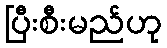
ပြီးစီးမည်ဟု